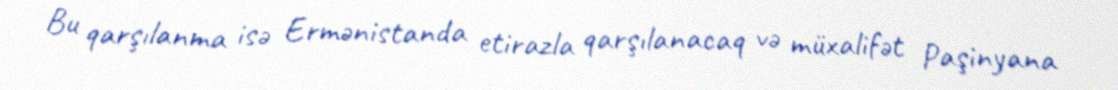
Bu qarşılanma isə Ermənistanda etirazla qarşılanacaq və müxalifət Paşinyana